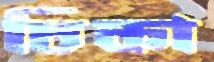
চিকা